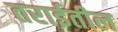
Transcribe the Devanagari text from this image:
तराईतील